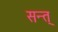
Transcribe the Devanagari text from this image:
सन्त्